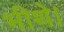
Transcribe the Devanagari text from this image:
भीथे।